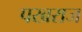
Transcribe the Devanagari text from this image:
पखराज